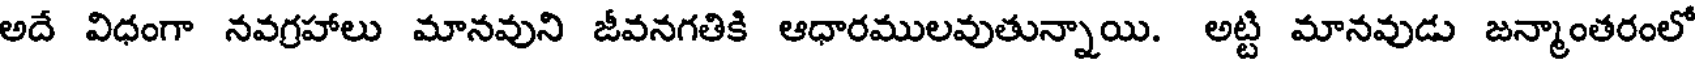
అదే విధంగా నవగ్రహాలు మానవుని జీవనగతికి ఆధారములవుతున్నాయి. అట్టి మానవుడు జన్మాంతరంలో